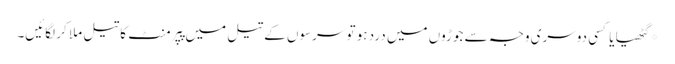
*گٹھیا یا کسی دوسری وجہ سے جوڑوں میں درد ہو تو سرسوں کے تیل میں پپرمنٹ کا تیل ملا کر لگائیں۔